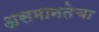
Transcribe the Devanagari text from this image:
असमानतेचा